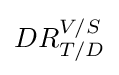
DR_{T/D}^{V/S}